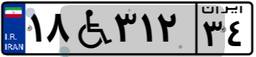
۱۸W۳۱۲۳۴